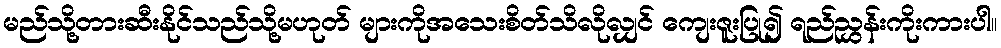
မည်သို့တားဆီးနိုင်သည်သို့မဟုတ် များကိုအသေးစိတ်သိလိုလျှင် ကျေးဇူးပြု၍ ရည်ညွှန်းကိုးကားပါ။